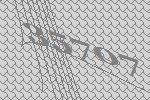
35707